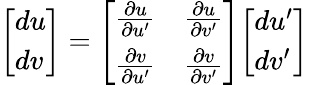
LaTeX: {\left[\begin{array}{l}{du}\\ {dv}\end{array}\right]}={\left[\begin{array}{ll}{{\frac{\partial u}{\partial u^{\prime}}}}&{{\frac{\partial u}{\partial v^{\prime}}}}\\ {{\frac{\partial v}{\partial u^{\prime}}}}&{{\frac{\partial v}{\partial v^{\prime}}}}\end{array}\right]}{\left[\begin{array}{l}{du^{\prime}}\\ {dv^{\prime}}\end{array}\right]}